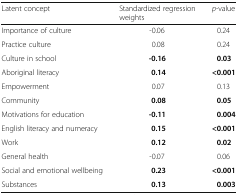
| Latent concept | Standardized regression weights | p-value |
 | --- | --- | --- |
 | Importance of culture | -0.06 | 0.24 |
 | Practice culture | 0.08 | 0.24 |
 | Culture in school | -0.16 | 0.03 |
 | Aboriginal literacy | 0.14 | <0.001 |
 | Empowerment | 0.07 | 0.13 |
 | Community | 0.08 | 0.05 |
 | Motivations for education | -0.11 | 0.004 |
 | English literacy and numeracy | 0.15 | <0.001 |
 | Work | 0.12 | 0.02 |
 | General health | -0.07 | 0.06 |
 | Social and emotional wellbeing | 0.23 | <0.001 |
 | Substances | 0.13 | 0.003 |